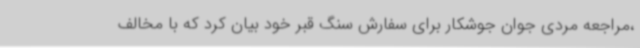
،مراجعه مردی جوان جوشکار برای سفارش سنگ قبر خود بیان کرد که با مخالف